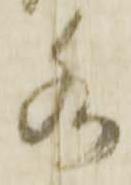
水